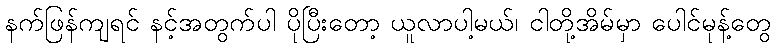
နက်ဖြန်ကျရင် နင့်အတွက်ပါ ပိုပြီးတော့ ယူလာပါ့မယ်၊ ငါတို့အိမ်မှာ ပေါင်မုန့်တွေ